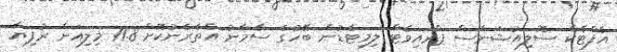
އެފްޓެކް ސޮލިއުޝަންސް ޕްރައިވެޓް ލިމިޓެޑުން ބޭހުގެ ސާމާނު އެތެރެނުކޮށް 11.8 މިލިއަން ރުފިޔާ